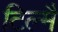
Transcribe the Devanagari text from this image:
टिल्मै